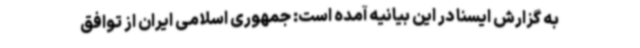
به گزارش ایسنا در این بیانیه آمده است: جمهوری اسلامی ایران از توافق